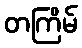
တကြိမ်